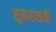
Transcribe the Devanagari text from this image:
सुधारासाठी